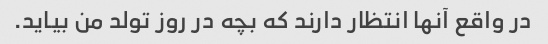
در واقع آنها انتظار دارند که بچه در روز تولد من بیاید.